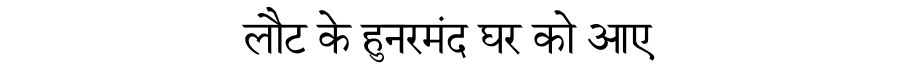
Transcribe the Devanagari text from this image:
लौट के हुनरमंद घर को आए